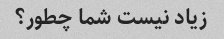
زیاد نیست شما چطور؟